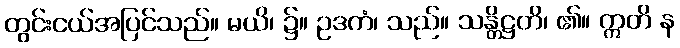
တွင်းငယ်အပြင်သည်။ မယိ၊ ၌။ ဥဒကံ၊ သည်။ သန္တိဋ္ဌတိ၊ ၏။ ဣတိ န